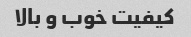
کیفیت خوب و بالا